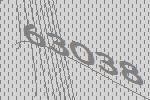
63038